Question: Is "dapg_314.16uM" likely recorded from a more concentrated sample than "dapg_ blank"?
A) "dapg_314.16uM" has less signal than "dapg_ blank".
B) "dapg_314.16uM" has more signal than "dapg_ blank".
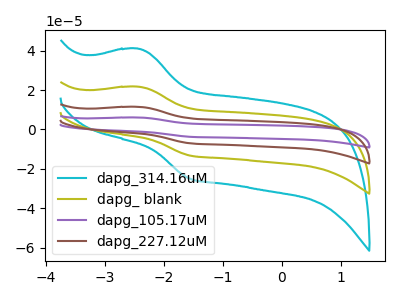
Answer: <think>The cyan curve "dapg_314.16uM" has an anodic peak at (-2.45V, 41.00uA) and a cathodic peak at (-1.55V, -25.10uA). The olive curve "dapg_ blank" has an anodic peak at (-2.45V, 21.75uA) and a cathodic peak at (-1.55V, -13.30uA). The purple curve "dapg_105.17uM" has an anodic peak at (-2.45V, 65.20uA) and a cathodic peak at (-1.55V, -39.85uA). The brown curve "dapg_227.12uM" has an anodic peak at (-2.45V, 43.45uA) and a cathodic peak at (-1.55V, -26.55uA).
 All the peaks in "dapg_314.16uM" have a peak in "dapg_ blank" at the same potential. Every peak in "dapg_314.16uM" is higher than every peak in "dapg_ blank".</think>
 <answer>B) "dapg_314.16uM" has more signal than "dapg_ blank".</answer>
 <eval>B</eval>